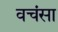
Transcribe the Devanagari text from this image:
वचंसा